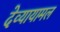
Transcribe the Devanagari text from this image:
देव्यायामल